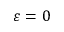
\varepsilon = 0